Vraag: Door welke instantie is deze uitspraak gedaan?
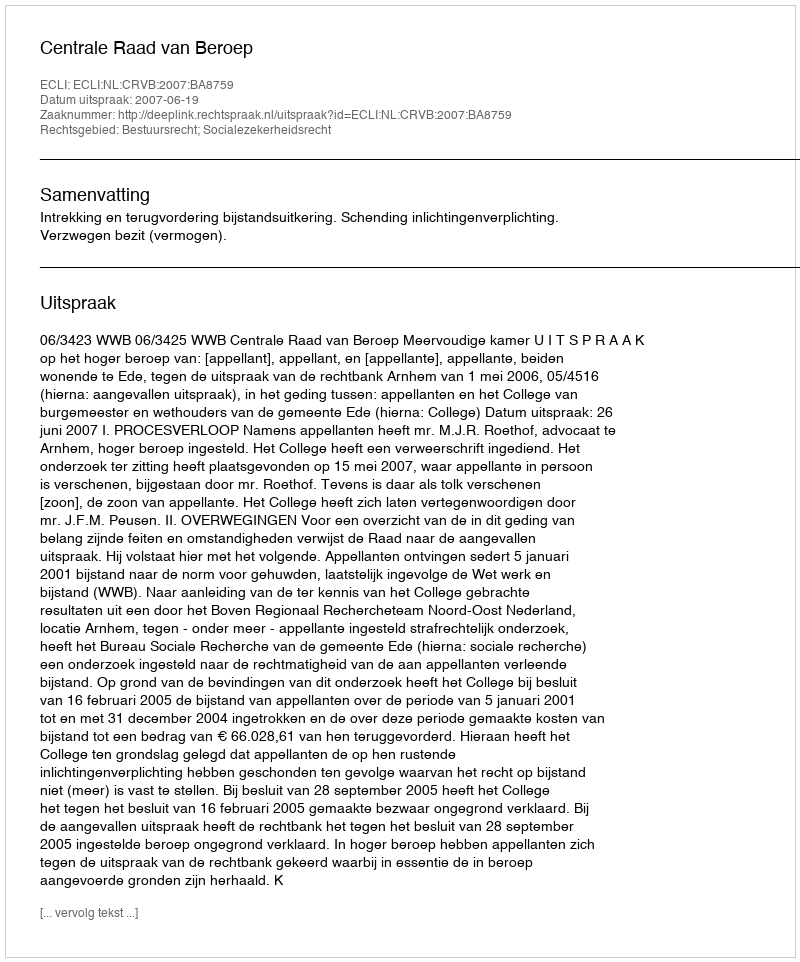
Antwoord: Centrale Raad van Beroep